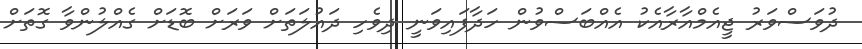
ދުވަސްވަރު ޖީއެމްއާރާއެކު އެއްބަސްވުން ހަދާފައިވަނީ ދިވެހި ދައުލަތަށް ވަރަށް ބޮޑަށް ގެއްލުންވާ ގޮތަށް